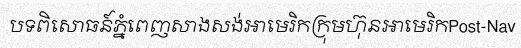
បទពិសោធន៍ភ្នំពេញសាងសង់អាមេរិកក្រុមហ៊ុនអាមេរិកPost-Nav